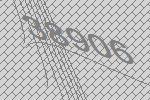
38906